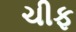
ચીફ